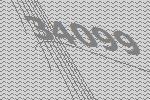
34099